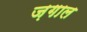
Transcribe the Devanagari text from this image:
ज़गाल